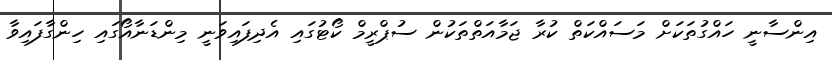
އިންސާނީ ހައްގުތަކަށް މަސައްކަތް ކުރާ ޖަމާއަތްތަކުން ސުޕްރީމް ކޯޓުގައި އެދިފައިވަނީ މިންޑަނާއޯގައި ހިންގާފައިވާ